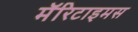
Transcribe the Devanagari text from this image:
मॅरिटाइमस